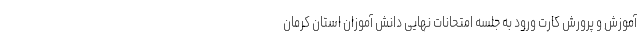
آموزش و پرورش کارت ورود به جلسه امتحانات نهایی دانش آموزان استان کرمان